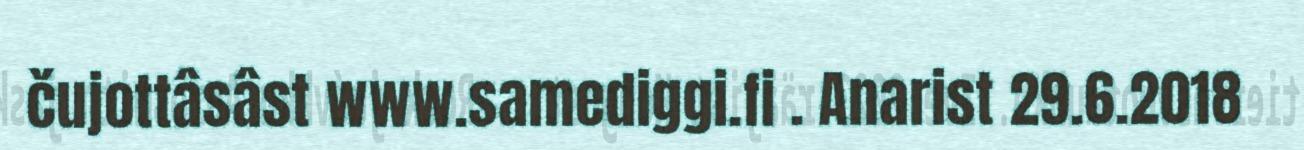
čujottâsâst www.samediggi.fi . Anarist 29.6.2018